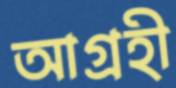
আগ্রহী